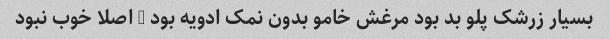
بسیار زرشک پلو بد بود مرغش خامو بدون نمک ادویه بود … اصلا خوب نبود